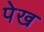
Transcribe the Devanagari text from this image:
पेख